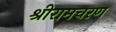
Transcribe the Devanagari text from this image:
श्रीरामचरण